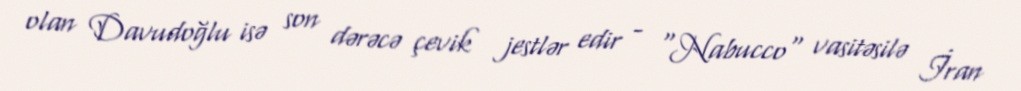
olan Davudoğlu isə son dərəcə çevik jestlər edir - "Nabucco" vasitəsilə İran